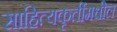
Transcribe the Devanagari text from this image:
साहित्यकृतींमधील